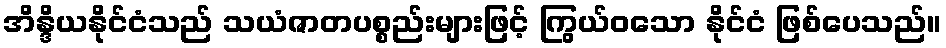
အိန္ဒိယနိုင်ငံသည် သယံဇာတပစ္စည်းများဖြင့် ကြွယ်ဝသော နိုင်ငံ ဖြစ်ပေသည်။